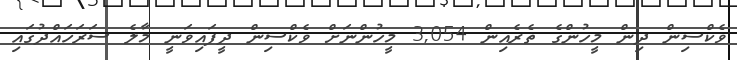
ވެކްސިން ދިން މީހުންގެ ތެރެއިން 3